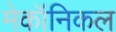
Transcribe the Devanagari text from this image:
मेकॉनिकल